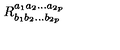
R _ { b _ { 1 } b _ { 2 } . . . b _ { 2 p } } ^ { a _ { 1 } a _ { 2 } . . . a _ { 2 p } }